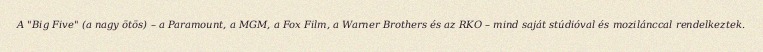
A "Big Five" (a nagy ötös) – a Paramount, a MGM, a Fox Film, a Warner Brothers és az RKO – mind saját stúdióval és mozilánccal rendelkeztek.